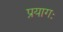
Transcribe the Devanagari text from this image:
प्रयागः